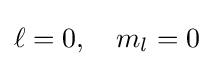
\ell =0,\quad m_{l}=0